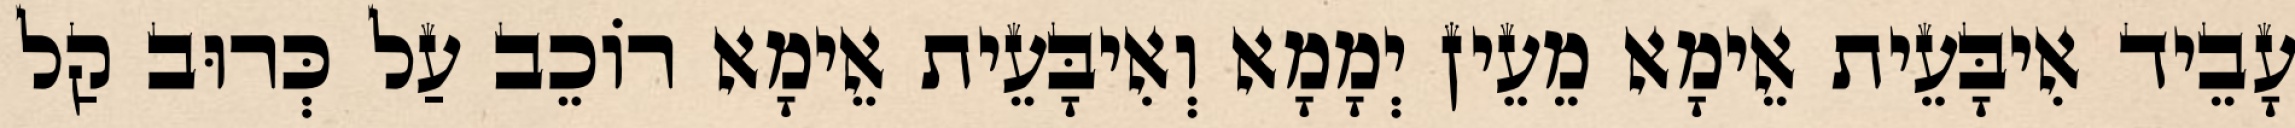
עָבֵיד אִיבָּעֵית אֵימָא מֵעֵין יְמָמָא וְאִיבָּעֵית אֵימָא רוֹכֵב עַל כְּרוּב קַל